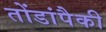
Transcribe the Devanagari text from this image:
तोंडांपैकी